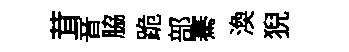
茸音脇跪部騫渙猊